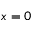
x = 0